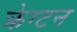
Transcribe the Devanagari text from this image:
क्रेग्टन